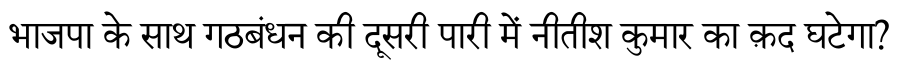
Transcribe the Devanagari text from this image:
भाजपा के साथ गठबंधन की दूसरी पारी में नीतीश कुमार का क़द घटेगा?